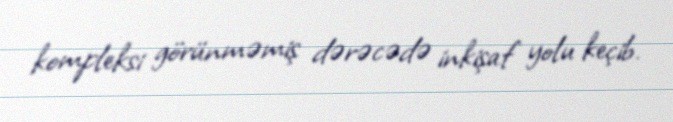
kompleksi görünməmiş dərəcədə inkişaf yolu keçib.